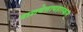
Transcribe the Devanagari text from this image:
नाशयेत्तापहारकम्